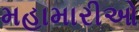
મહામારીઓ